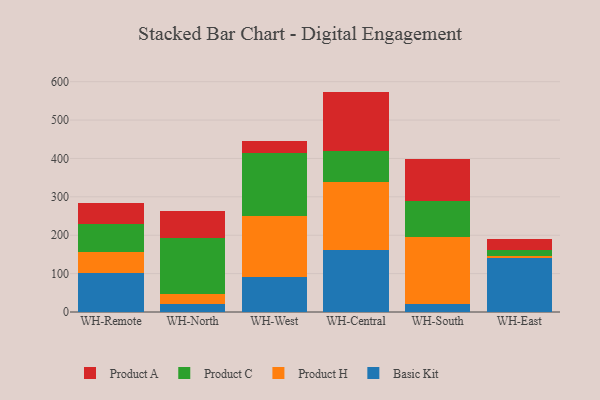
{"axis": {"x": "Warehouse", "y": "Churn Rate (%)"}, "legend": ["Basic Kit", "Product A", "Product C", "Product H"], "data": [{"x": "WH-Remote", "y": 101.8, "type": "Basic Kit"}, {"x": "WH-Remote", "y": 55.1, "type": "Product H"}, {"x": "WH-Remote", "y": 73.6, "type": "Product C"}, {"x": "WH-Remote", "y": 53.3, "type": "Product A"}, {"x": "WH-North", "y": 20.8, "type": "Basic Kit"}, {"x": "WH-North", "y": 24.8, "type": "Product H"}, {"x": "WH-North", "y": 148.3, "type": "Product C"}, {"x": "WH-North", "y": 69.5, "type": "Product A"}, {"x": "WH-West", "y": 90.9, "type": "Basic Kit"}, {"x": "WH-West", "y": 158.8, "type": "Product H"}, {"x": "WH-West", "y": 164.5, "type": "Product C"}, {"x": "WH-West", "y": 32.5, "type": "Product A"}, {"x": "WH-Central", "y": 160.4, "type": "Basic Kit"}, {"x": "WH-Central", "y": 179.5, "type": "Product H"}, {"x": "WH-Central", "y": 78.4, "type": "Product C"}, {"x": "WH-Central", "y": 155.8, "type": "Product A"}, {"x": "WH-South", "y": 19.7, "type": "Basic Kit"}, {"x": "WH-South", "y": 174.6, "type": "Product H"}, {"x": "WH-South", "y": 94.1, "type": "Product C"}, {"x": "WH-South", "y": 110.5, "type": "Product A"}, {"x": "WH-East", "y": 140.2, "type": "Basic Kit"}, {"x": "WH-East", "y": 5.2, "type": "Product H"}, {"x": "WH-East", "y": 16.3, "type": "Product C"}, {"x": "WH-East", "y": 27.2, "type": "Product A"}]}